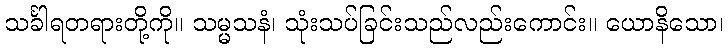
သင်္ခါရတရားတို့ကို။ သမ္မသနံ၊ သုံးသပ်ခြင်းသည်လည်းကောင်း။ ယောနိသော၊